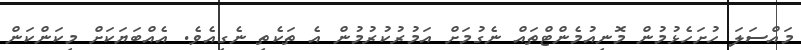
މައްސަލަ ހުށަހެޅުމުން މޮނިއުމެންޓްތައް ނެގުމަށް އަމުރުކުރުމުން އެ ތަކެތި ނެގިއެވެ. އެއްބަޔަކަށް މިކަންކަން